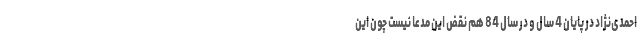
احمدی‌نژاد در پایان 4 سال و در سال 84 هم نقض این مدعا نیست چون این